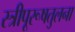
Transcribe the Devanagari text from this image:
स्त्रीपूरूषतुलना